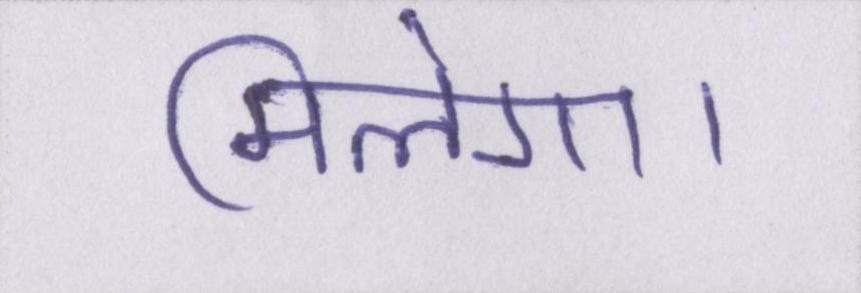
मिलेगा।